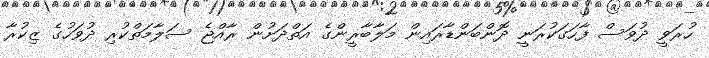
ހުރަވީ ދުވަސް ފާހަގަކުރަނީ ދޮންބަންޑާރައިން މަލާބާރީންގެ އަތްދަށުން ރާއްޖެ ސަލާމަތްކުރި ދުވަހުގެ ޒިކުރާ